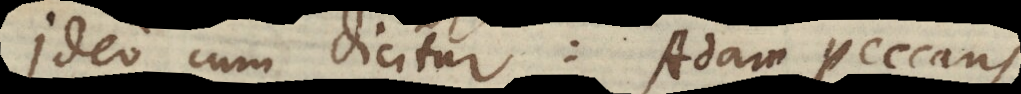
Ideo, cum dicitur Adam peccans,